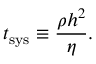
t _ { \mathrm { s y s } } \equiv \frac { \rho h ^ { 2 } } { \eta } .